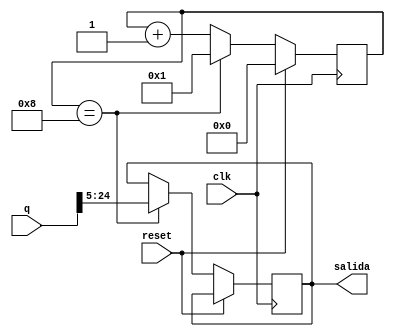

`timescale 1ns/1ns
module final(
    input clk,
    input reset,
    input [24:0] q,
    output reg [19:0] salida
	);

reg [3:0] contador;

always @(posedge clk)
    begin
    if (reset)
        begin
            contador <= 0;
        end
    else if (contador == 8)
        begin
            contador <= 1;
            salida <= q[24:5];
        end
    else if (contador == 7)
        begin
            contador <= contador + 1;
        end
    else
        begin
        contador <= contador + 1;
        end
    end
endmodule